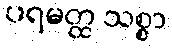
ပရမတ္ထ သစ္စာ